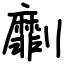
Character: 劘